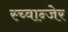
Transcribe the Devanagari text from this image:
स्च्वान्जेर